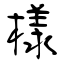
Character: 樣